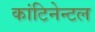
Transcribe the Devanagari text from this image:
कांटिनेन्टल